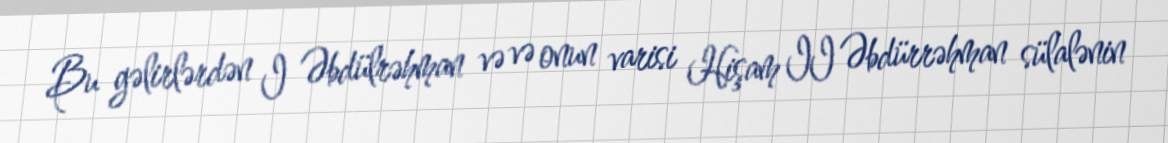
Bu gəlirlərdən I Əbdülrəhman və və onun varisi Hişam II Əbdürrəhman sülalənin